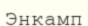
Энкамп